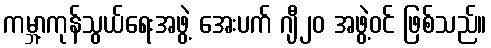
ကမ္ဘာ့ကုန်သွယ်ရေးအဖွဲ့ အေးပက် ဂျီ၂၀ အဖွဲ့ဝင် ဖြစ်သည်။